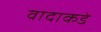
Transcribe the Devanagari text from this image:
वादाकडे